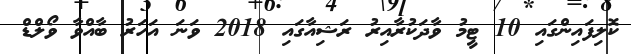
ކޮލިފައިންގައި 10 ޓީމު ވާދަކުރާއިރު ރަޝިއާގައި 2018 ވަނަ އަހަރު ބާއްވާ ވޯލްޑް